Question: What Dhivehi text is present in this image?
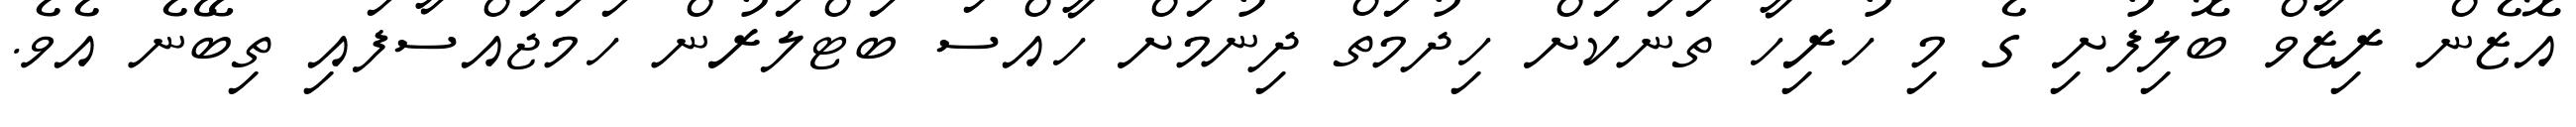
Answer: އޮޒެން ރިޒާވް ބޮލިފުށި ގެ މި ހުރިހާ ތަނަކަށް ހިދުމަތް ދިނުމަށް ހާއްސަ ބަޓްލަރުން ހަމަޖައްސާފައި ތިބޭނެ އެވެ.